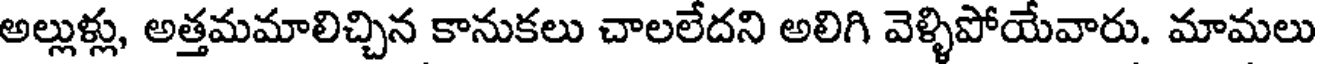
అల్లుళ్లు, అత్తమమాలిచ్చిన కానుకలు చాలలేదని అలిగి వెళ్ళిపోయేవారు. మామలు